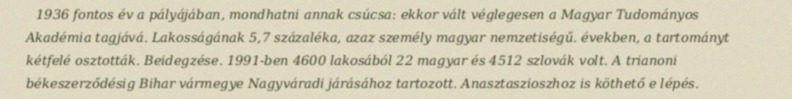
1936 fontos év a pályájában, mondhatni annak csúcsa: ekkor vált véglegesen a Magyar Tudományos Akadémia tagjává. Lakosságának 5,7 százaléka, azaz személy magyar nemzetiségű. években, a tartományt kétfelé osztották. Beidegzése. 1991-ben 4600 lakosából 22 magyar és 4512 szlovák volt. A trianoni békeszerződésig Bihar vármegye Nagyváradi járásához tartozott. Anasztaszioszhoz is köthető e lépés.